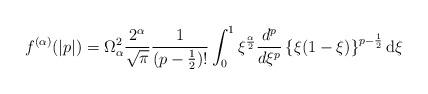
LaTeX: \begin{align*}f^{(\alpha)}(|p|) = \Omega_{\alpha}^2 \frac{2^{\alpha}}{\sqrt{\pi}}\frac{1}{(p-\frac{1}{2})!} \int_0^1\xi^{\frac{\alpha}{2}}\frac{d^p}{d\xi^p}\left\{\xi(1-\xi)\right\}^{p-\frac{1}{2}}{\rm d}\xi\end{align*}